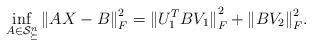
LaTeX: \begin{align*}\inf_{A\in \mathcal S_{\succeq}^n}{\|AX-B\|}_F^2={\|U_1^TBV_1\|}_F^2+{\|BV_2\|}_F^2.\end{align*}